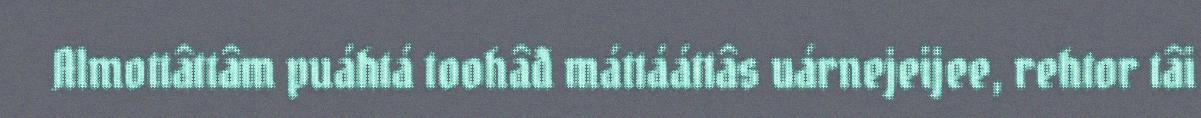
Almottâttâm puáhtá toohâđ máttááttâs uárnejeijee, rehtor tâi